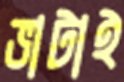
ভাটাই